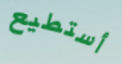
أستطيع